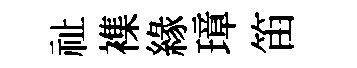
祉襍緣璋笛